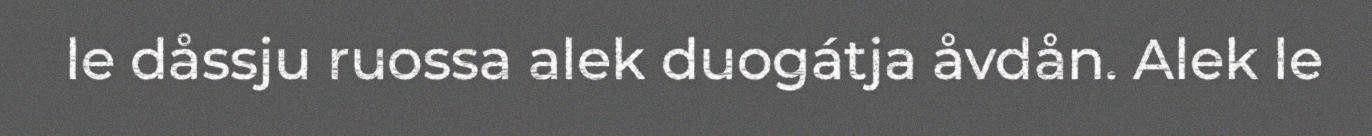
le dåssju ruossa alek duogátja åvdån. Alek le